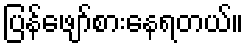
ပြန်ဖျော်စားနေရတယ်။